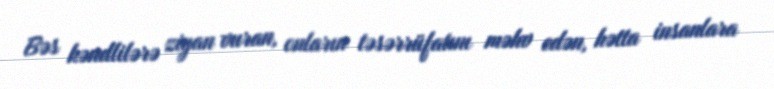
Bəs kəndlilərə ziyan vuran, onların təsərrüfatını məhv edən, hətta insanlara